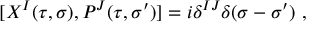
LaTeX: [ X ^ { I } ( \tau , \sigma ) , { \cal P } ^ { J } ( \tau , \sigma ^ { \prime } ) ] = i \delta ^ { I J } \delta ( \sigma - \sigma ^ { \prime } ) ~ ,